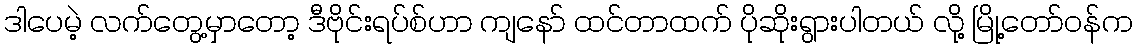
ဒါပေမဲ့ လက်တွေ့မှာတော့ ဒီဗိုင်းရပ်စ်ဟာ ကျနော် ထင်တာထက် ပိုဆိုးရွားပါတယ် လို့ မြို့တော်ဝန်က